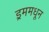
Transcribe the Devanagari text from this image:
ड्रममधून